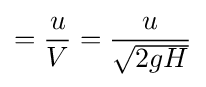
={\frac {u}{V}}={\frac {u}{\sqrt {2gH}}}